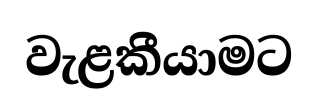
වැළකීයාමට